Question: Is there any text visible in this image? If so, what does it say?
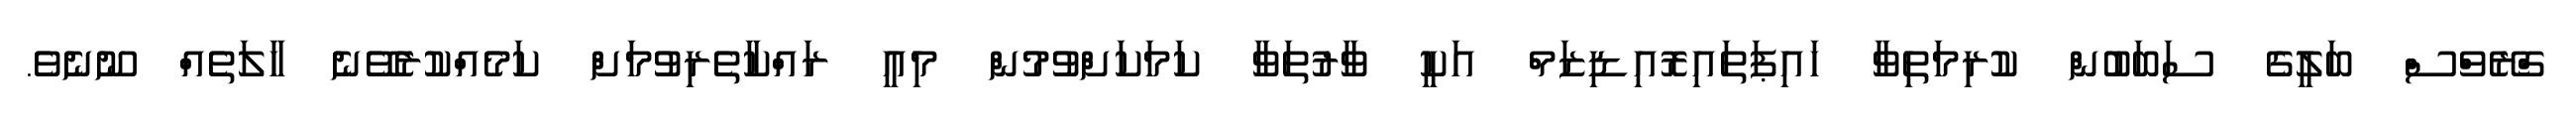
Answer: ގްރޭވްސް ބަލީގެ ސަބަބުން ކުރިމަތިވާ ހައިޕަތައިރޮއިޑިޒަމް އަކީ ވާރުތަވާ ކަމަކަށްވުމުން މިއީ ރައްކާތެރިވުމަށް ކަމެއްކުރެވޭނެ ހާލަތެއް ނޫނެވެ.